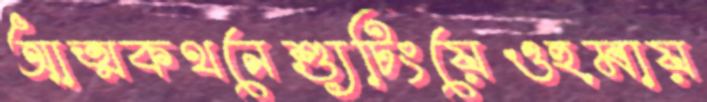
আত্মকথনেশ্যুটিংয়েওহুমায়